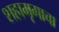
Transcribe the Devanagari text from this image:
शहामृगाचा